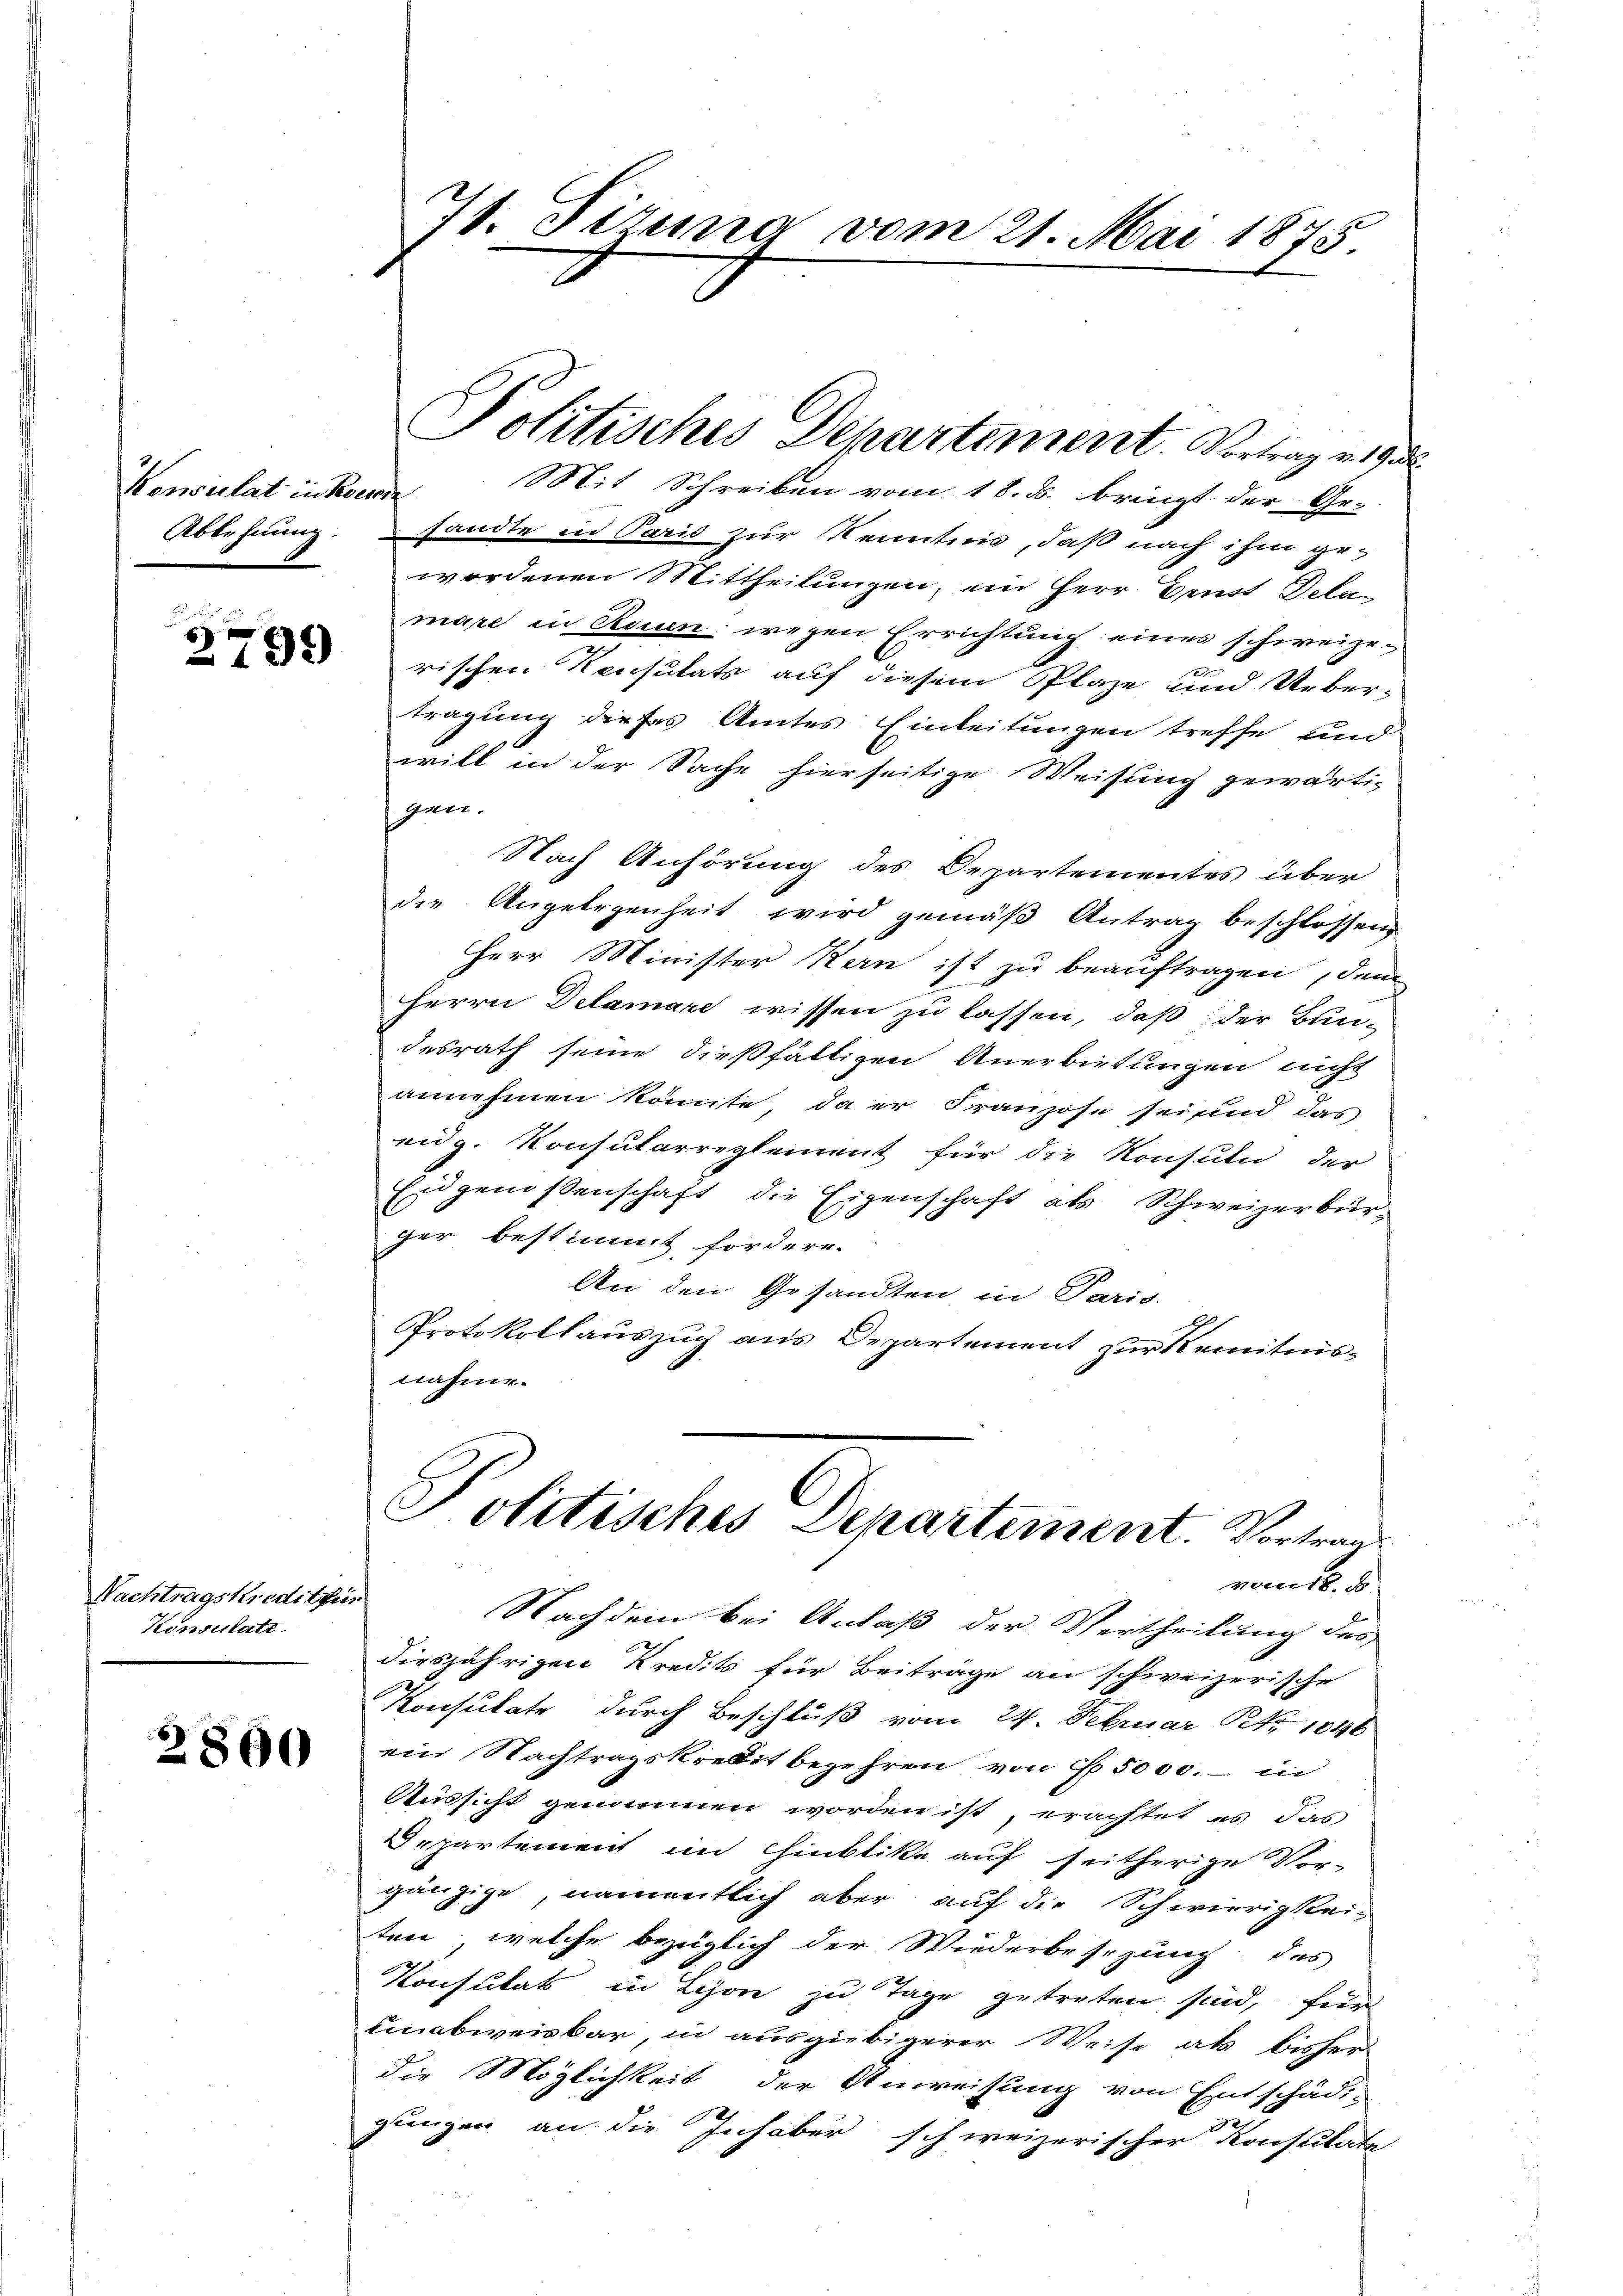
Ablehnung.

.
n
2199

Nachtragskreditges
Konsulati

2800

71. Tizuna vom 21. Mai 1875

Konsulat in koerie Mit Schreiben vom 18. ds. bringt der Ge-
sandte in Paris zur Kenntnis, daß nach ihm gewordenen Mittheilungen, ein Herr Ernst Delan
mare in Ruun, wegen Errichtung eines schweizex
rischen Konsulats auf diesem Plaze und Ueber-
tragung dieses Amtes Einleitungen treffe und
will in der Sache hierseitige Weisung gewärti-
gen.
Nach Anhörung des Departementes über
die Angelegenheit wird gemäß Antrag beschlossen
Herr Minister Kern ist zu beauftragen, dem
Herrn Delamare wissen zu lassen, daß der Bun-
desrath seine dießfälligen Anerbietungen nicht
annehmen könnte, da er Franzose sei und das
eidg. Konsularreglement für die Konsuln der
Eidgenossenschaft die Eigenschaft als Schweizerbürger bestimmt fordere.
An den Gesandten in Paris.
Protokollauszug aus Departement zur Kenntnisnahme.
Politisches Departement. Vortrag
vants, d
Nachdem bei Anlaß der Vertheilung des
diesjährigen Kredits für Beiträge an schweizerische
Konsulate durch Beschluß vom 24. Februar Nr. 1846
ein Nachtragskredit bezehren von 1 5000.- in
Aussicht genommen worden ist, erachtet es das
Departement im Hinblike auf seitherige Vor-
gängige, namentlich aber auf die Schwierigkei-
ten, welche bezüglich der Wiederbesezung des
Konsulats in Lyon zu Tage getreten sind, fern
unabweisbar, in ausgiebigerer Weise als bisher
die Möglichkeit der Anweisung von Entschädi-
gungen an die Inhaber schweizerischer Konstitate

Politisches Departement. Vortrag v. 19